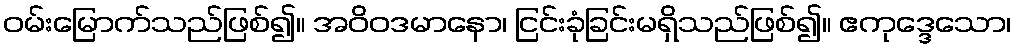
ဝမ်းမြောက်သည်ဖြစ်၍။ အဝိဝဒမာနော၊ ငြင်းခုံခြင်းမရှိသည်ဖြစ်၍။ ဧကုဒ္ဒေသော၊